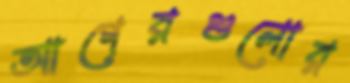
আগেরগুলোর